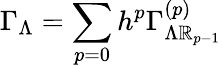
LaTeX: \Gamma_{\Lambda}=\sum_{p=0}h^{p}\Gamma_{\Lambda\mathbb{R}_{p-1}}^{\left(p\right)}